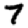
Digit: 7